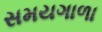
સમયગાળા